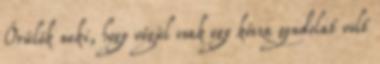
Örülök neki, hogy végül csak egy kósza gondolat volt